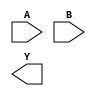
module sky130_fd_sc_hvl__nand2 (
    //# {{data|Data Signals}}
    input  A,
    input  B,
    output Y
);

    // Voltage supply signals
    supply1 VPWR;
    supply0 VGND;
    supply1 VPB ;
    supply0 VNB ;

endmodule